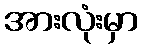
အားလုံးမှာ